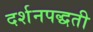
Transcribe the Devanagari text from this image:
दर्शनपद्धती